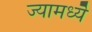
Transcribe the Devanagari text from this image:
ज्यामध्यॆ